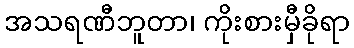
အသရဏီဘူတာ၊ ကိုးစားမှီခိုရာ